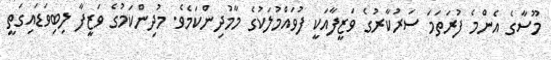
މޫސާގެ އެންމެ ފުރަތަމަ ސަރުކާރުގެ ވަޒީފާއަކީ ފުވައްމުލަކުގެ މާމުދިންކަމެވެ. މުދިންކަމުގެ ވަޒީފާ ލިބިވަޑައިގަތީ